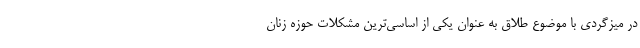
در میزگردی با موضوع طلاق به عنوان یکی از اساسی‌ترین مشکلات حوزه زنان